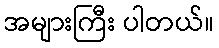
အများကြီး ပါတယ်။